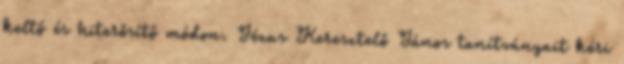
keltő és hiterősítő módon. Jézus Keresztelő János tanítványait kéri